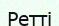
Ретті